Serum-therapy of plague in India - Number 20
Disease focus: Plague
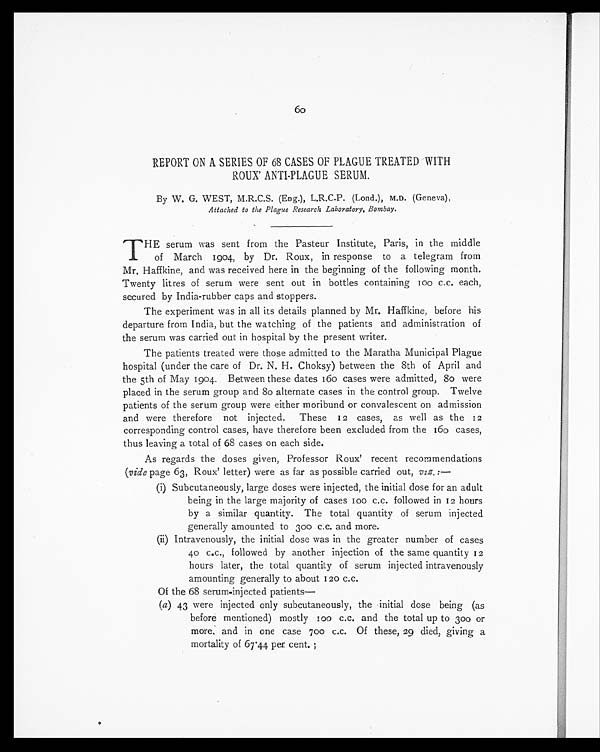
60
REPORT ON A SERIES OF 68 CASES OF PLAGUE TREATED WITH
ROUX' ANTI-PLAGUE SERUM.
By W. G. WEST, M.R.C.S. (Eng.), L.R.C.P. (Lond.), M.D. (Geneva),
Attached to the Plague Research Laboratory, Bombay.
T HE serum was sent from the Pasteur Institute, Paris, in the middle
of March 1904, by Dr. Roux, in response to a telegram from
Mr. Haffkine, and was received here in the beginning of the following month.
Twenty litres of serum were sent out in bottles containing 100 c.c. each,
secured by India-rubber caps and stoppers.
The experiment was in all its details planned by Mr. Haffkine, before his
departure from India, but the watching of the patients and administration of
the serum was carried out in hospital by the present writer.
The patients treated were those admitted to the Maratha Municipal Plague
hospital (under the care of Dr. N. H. Choksy) between the 8th of April and
the 5th of May 1904. Between these dates 160 cases were admitted, 80 were
placed in the serum group and 80 alternate cases in the control group. Twelve
patients of the serum group were either moribund or convalescent on admission
and were therefore not injected. These 12 cases, as well as the 12
corresponding control cases, have therefore been excluded from the 160 cases,
thus leaving a total of 68 cases on each side.
As regards the doses given, Professor Roux' recent recommendations
(vide page 63, Roux' letter) were as far as possible carried out, viz. : —
(i) Subcutaneously, large doses were injected, the initial dose for an adult
being in the large majority of cases 100 c.c. followed in 12 hours
by a similar quantity. The total quantity of serum injected
generally amounted to 300 c.c. and more.
(ii) Intravenously, the initial dose was in the greater number of cases
40 c.c., followed by another injection of the same quantity 12
hours later, the total quantity of serum injected intravenously
amounting generally to about 120 c.c.
Of the 68 serum-injected patients—
(a) 43 were injected only subcutaneously, the initial dose being (as
before mentioned) mostly 100 c.c. and the total up to 300 or
more, and in one case 700 c.c. Of these, 29 died, giving a
mortality of 67.44 per cent.;